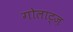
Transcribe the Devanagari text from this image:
गोलाट्ज़